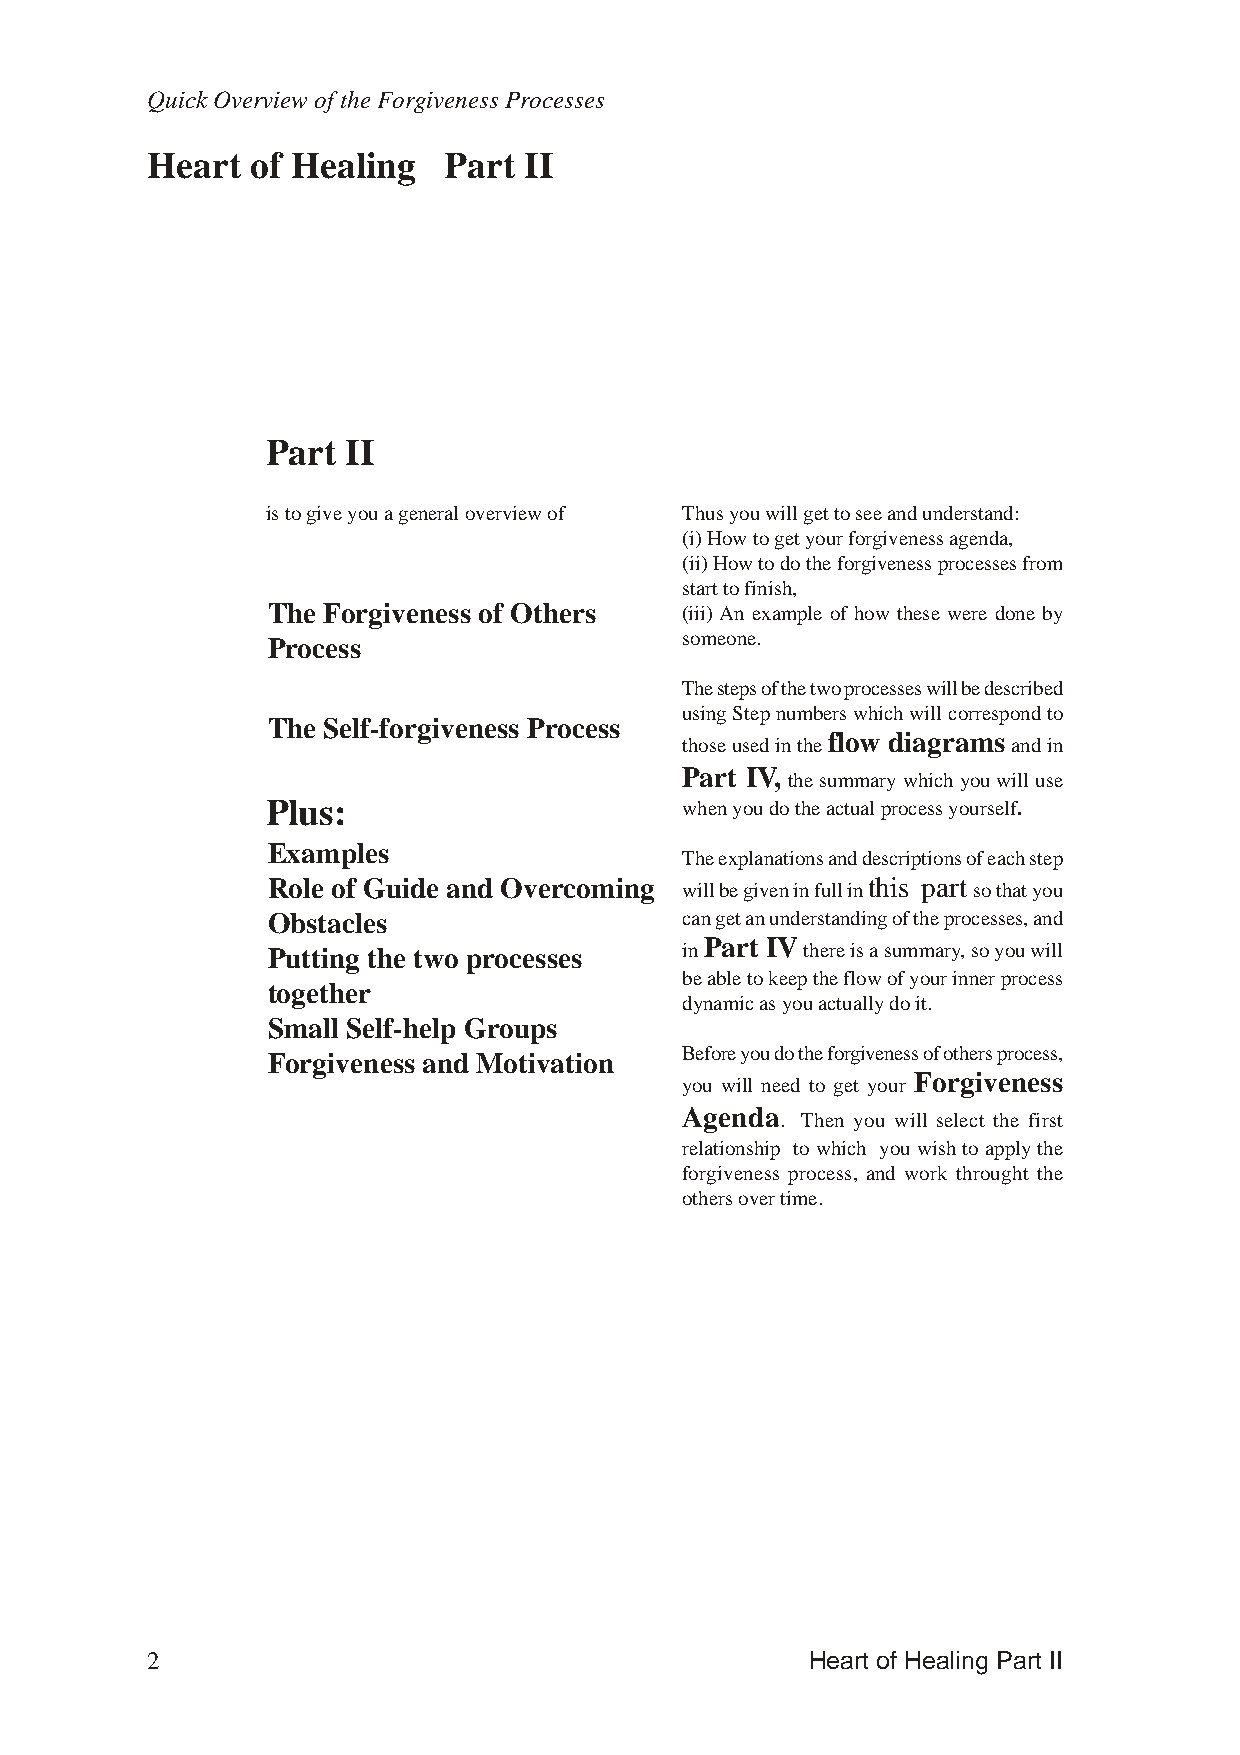
Quick Overview of the Forgiveness Processes
 Heart  of Healing  Part  II
 Part II
 is to give you a general overview of Thus you will get to see and understand:
 (i) How to get your forgiveness agenda,
 (ii) How to do the forgiveness processes from
 start to finish,
 The Forgiveness of Others  (iii) An example of how these were done by
 Process                    someone.
 The steps of the two processes will be described
 using Step numbers which will correspond to
 The Self-forgiveness Process
 flow diagrams
 those used in the     and in
 Part IV,
 the summary which you will use
 Plus:                      when you do the actual process yourself.
 Examples
 The explanations and descriptions of each step
 Role of Guide and Overcoming will be given in full in this part so that you
 Obstacles                  can get an understanding of the processes, and
 Part IV
 Putting the two processes  in      there is a summary, so you will
 be able to keep the flow of your inner process
 together
 dynamic as you actually do it.
 Small Self-help Groups
 Forgiveness and Motivation Before you do the forgiveness of others process,
 Forgiveness
 you will need to get your
 Agenda
 . Then you will select the first
 relationship to which you wish to apply the
 forgiveness process, and work throught the
 others over time.
 2                                           Heart of Healing Part II